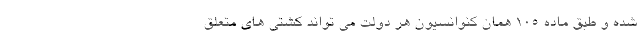
شده و طبق ماده ۱۰۵ همان کنوانسیون هر دولت می تواند کشتی های متعلق